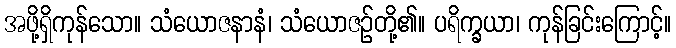
အဖို့ရှိကုန်သော။ သံယောဇနာနံ၊ သံယောဇဉ်တို့၏။ ပရိက္ခယာ၊ ကုန်ခြင်းကြောင့်။